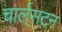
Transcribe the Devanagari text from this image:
चार्ल्‌सटन